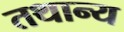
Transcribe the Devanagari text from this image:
तथान्य